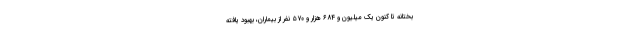
بختانه تا کنون یک میلیون و ۶۸۴ هزار و ۵۷۰ نفر از بیماران، بهبود یافته